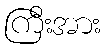
ကြီးအား